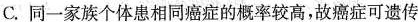
C.同一家族个体患相同癌症的概率较高，故癌症可遗传